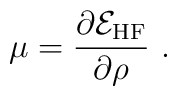
\mu = \frac{\partial {\cal E}_{\rm HF}}{\partial \rho} \ .